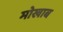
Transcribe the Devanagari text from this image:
मोखाब